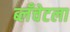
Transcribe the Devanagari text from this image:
ब्लँचेटला